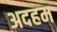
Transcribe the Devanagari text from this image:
अदहम